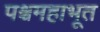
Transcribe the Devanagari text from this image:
पश्चमहाभूत